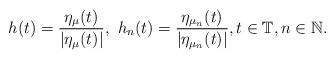
LaTeX: \begin{align*}h(t)=\frac{\eta_{\mu}(t)}{|\eta_{\mu}(t)|},\ h_{n}(t)=\frac{\eta_{\mu_{n}}(t)}{|\eta_{\mu_{n}}(t)|},t\in\mathbb{T},n\in\mathbb{N}.\end{align*}